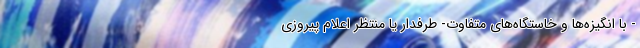
- با انگیزه‌ها و خاستگاه‌های متفاوت- طرفدار یا منتظر اعلام پیروزی